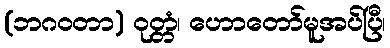
(ဘဂဝတာ) ဝုတ္တံ၊ ဟောတော်မူအပ်ပြီ၊